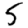
Digit: 5